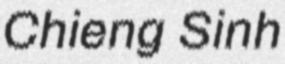
Chieng Sinh